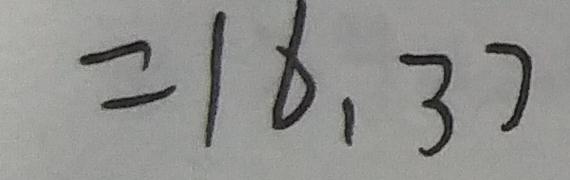
= 1 6 . 3 7